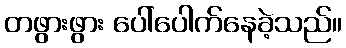
တဖွားဖွား ပေါ်ပေါက်နေခဲ့သည်။